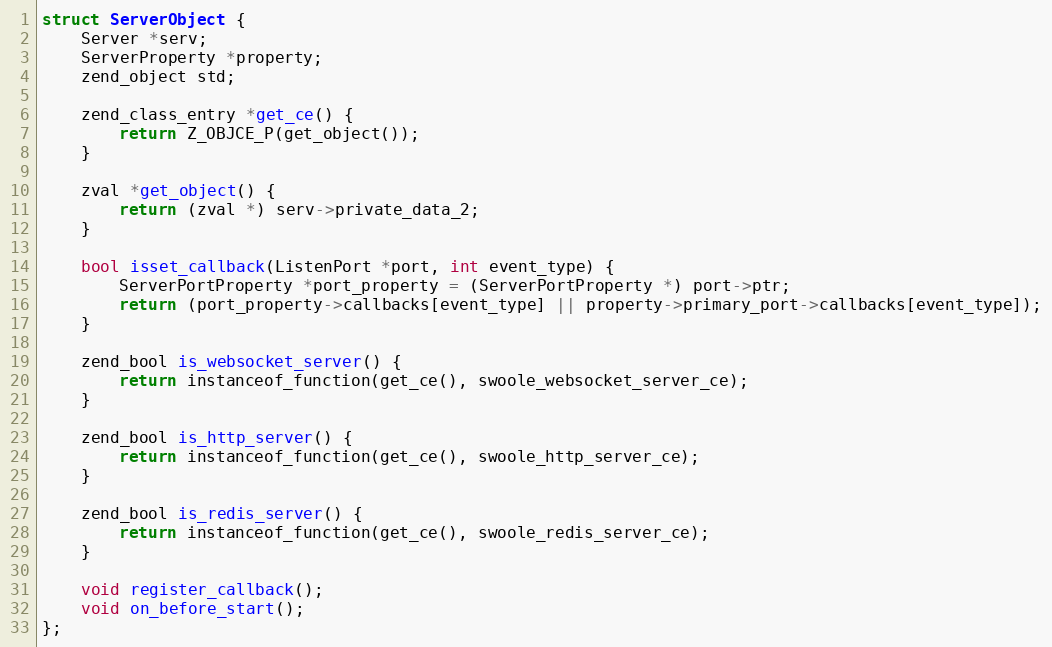
Language: C
struct ServerObject {
    Server *serv;
    ServerProperty *property;
    zend_object std;

    zend_class_entry *get_ce() {
        return Z_OBJCE_P(get_object());
    }

    zval *get_object() {
        return (zval *) serv->private_data_2;
    }

    bool isset_callback(ListenPort *port, int event_type) {
        ServerPortProperty *port_property = (ServerPortProperty *) port->ptr;
        return (port_property->callbacks[event_type] || property->primary_port->callbacks[event_type]);
    }

    zend_bool is_websocket_server() {
        return instanceof_function(get_ce(), swoole_websocket_server_ce);
    }

    zend_bool is_http_server() {
        return instanceof_function(get_ce(), swoole_http_server_ce);
    }

    zend_bool is_redis_server() {
        return instanceof_function(get_ce(), swoole_redis_server_ce);
    }

    void register_callback();
    void on_before_start();
};